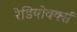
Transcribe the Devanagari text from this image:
रेडियोवर्क्स